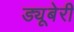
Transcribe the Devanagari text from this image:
ड्यूबेरी